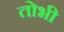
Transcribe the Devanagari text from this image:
तोभी